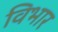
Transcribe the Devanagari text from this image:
विभार